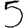
Digit: 5